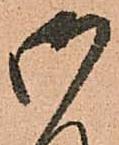
御